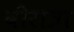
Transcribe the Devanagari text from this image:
वीरात्रा